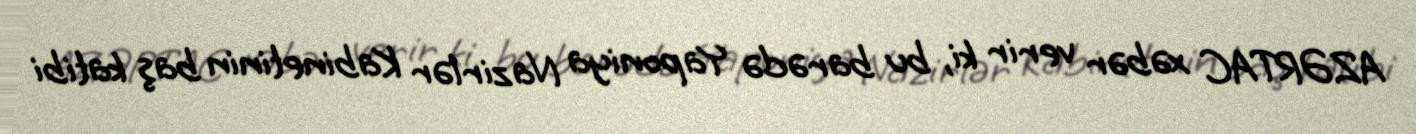
AZƏRTAC xəbər verir ki, bu barədə Yaponiya Nazirlər Kabinetinin baş katibi